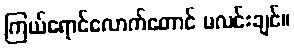
ကြယ်ရောင်လောက်တောင် မလင်းချင်။